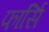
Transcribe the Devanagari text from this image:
फार्सि